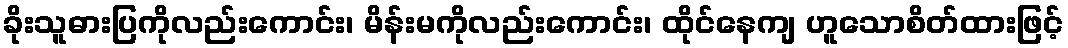
ခိုးသူဓားပြကိုလည်းကောင်း၊ မိန်းမကိုလည်းကောင်း၊ ထိုင်နေကျ ဟူသောစိတ်ထားဖြင့်